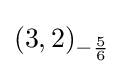
(3,2)_{-{\frac {5}{6}}}